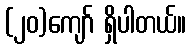
(၂၀)ကျော် ရှိပါတယ်။